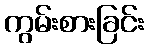
ကွမ်းစားခြင်း